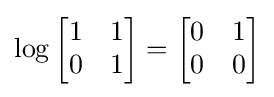
\log {\begin{bmatrix}1&1\\0&1\end{bmatrix}}={\begin{bmatrix}0&1\\0&0\end{bmatrix}}